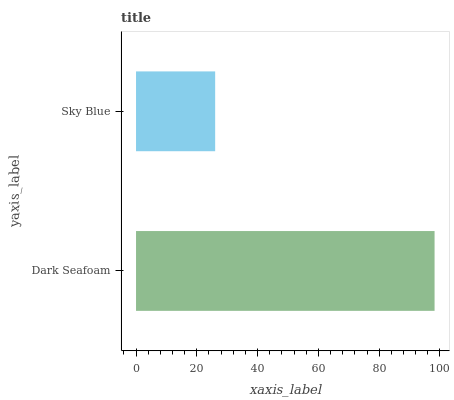
| yaxis_label | bars |
 | --- | --- |
 | Dark Seafoam | 98.2 |
 | Sky Blue | 26 |